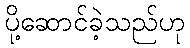
ပို့ဆောင်ခဲ့သည်ဟု